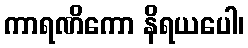
ကာရဏိကော နိရယပေါ၊